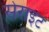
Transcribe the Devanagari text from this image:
सेराइट